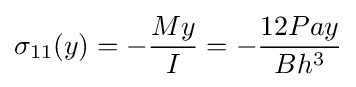
\sigma _{11}(y)=-{\frac {My}{I}}=-{\frac {12Pay}{Bh^{3}}}